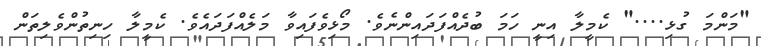
"މަންމަ ގުޅި...." ކެމީލާ އިނީ ހަމަ ބުދެއްފަދައިންނެވެ. މޯޅިވެފައިވާ މަލެއްފަދައެވެ. ކެމީލާ ހިނިތުންވެލިތަން